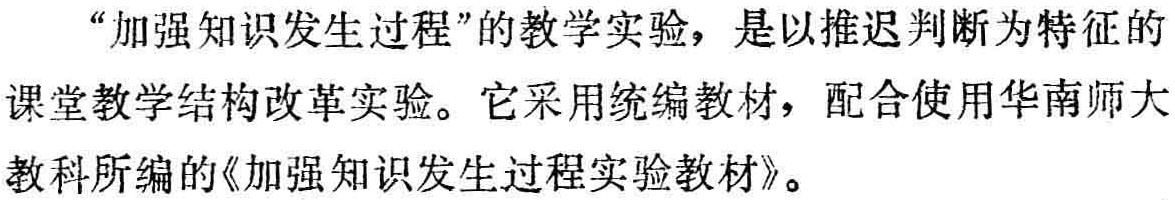
“加强知识发生过程”的教学实验，是以推迟判断为特征的课堂教学结构改革实验。它采用统编教材，配合使用华南师大教科所编的《加强知识发生过程实验教材》。